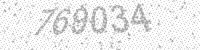
Solution: 769034